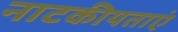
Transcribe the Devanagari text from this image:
नाटकीयताएं